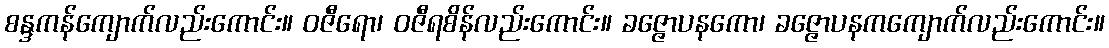
စန္ဒကန်ကျောက်လည်းကောင်း။ ဝဇီရော၊ ဝဇီရစိန်လည်းကောင်း။ ခဇ္ဇောပနကော၊ ခဇ္ဇောပနကကျောက်လည်းကောင်း။